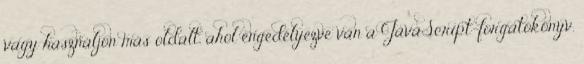
vagy használjon más oldalt, ahol engedélyezve van a JavaScript-forgatókönyv.